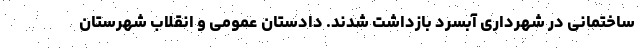
ساختمانی در شهرداری آبسرد بازداشت شدند. دادستان عمومی و انقلاب شهرستان